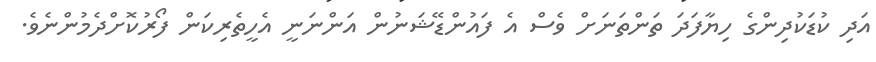
އަދި ކުޑަކުދިންގެ ހިޔާފަދަ ތަންތަނަށް ވެސް އެ ފައުންޑޭޝަނުން އަންނަނީ އެހީތެރިކަން ފޯރުކޮށްދެމުންނެވެ.